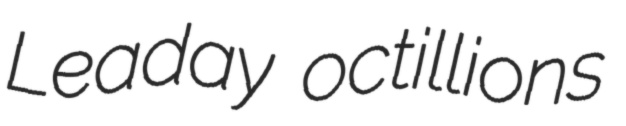
Leaday octillions